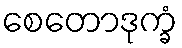
စေတောဒုက္ခံ